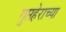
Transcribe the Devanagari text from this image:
गुप्तहेराच्या